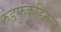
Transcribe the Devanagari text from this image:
रुंडफुंकडिनस्ट